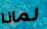
لماذا